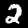
Digit: 2